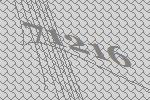
71216